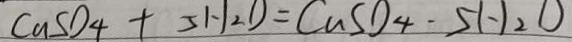
C a S O _ { 4 } + 5 H _ { 2 } O = C u S O _ { 4 } - 5 H _ { 2 } O